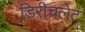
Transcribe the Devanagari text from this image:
डिरीचलेट